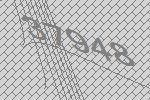
37948